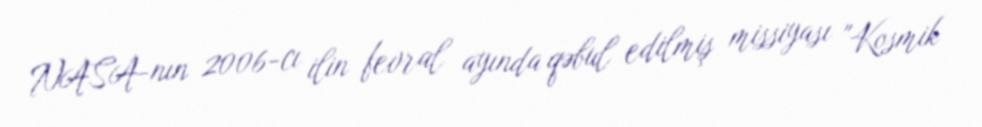
NASA-nın 2006-cı ilin fevral ayında qəbul edilmiş missiyası "Kosmik